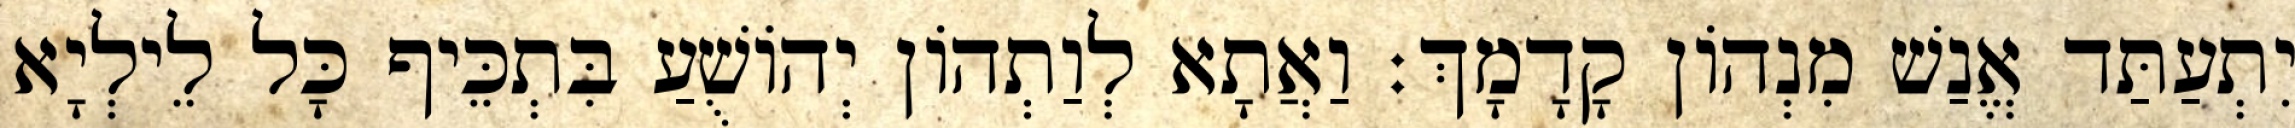
יִתְעַתַּד אֱנַשׁ מִנְהוֹן קָדָמָךְ׃ וַאֲתָא לְוַתְהוֹן יְהוֹשֻׁעַ בִּתְכֵּיף כָּל לֵילְיָא